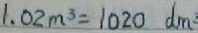
1 . 0 2 m ^ { 3 } = 1 0 2 0 d m ^ { 3 }